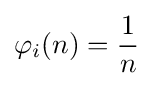
\varphi _{i}(n)={\frac {1}{n}}